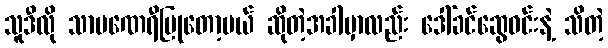
သူဒီလို သာမဏေရီပြုတော့မယ် ဆိုတဲ့အခါမှာလည်း ဒေါ်ခင်ဆွေဝင်းနဲ့ သိတဲ့